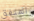
المتفق